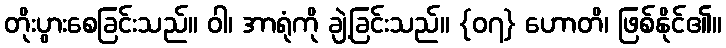
တိုးပွားစေခြင်းသည်။ ဝါ၊ အာရုံကို ချဲ့ခြင်းသည်။ {၀၇} ဟောတိ၊ ဖြစ်နိုင်၏။